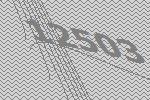
12503